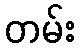
တမ်း